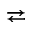
\rightleftarrows